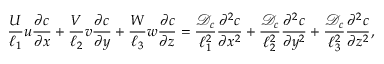
\frac { U } { \ell _ { 1 } } u \frac { \partial c } { \partial x } + \frac { V } { \ell _ { 2 } } v \frac { \partial c } { \partial y } + \frac { W } { \ell _ { 3 } } w \frac { \partial c } { \partial z } = \frac { { \mathcal { D } } _ { c } } { \ell _ { 1 } ^ { 2 } } \frac { \partial ^ { 2 } c } { \partial x ^ { 2 } } + \frac { { \mathcal { D } } _ { c } } { \ell _ { 2 } ^ { 2 } } \frac { \partial ^ { 2 } c } { \partial y ^ { 2 } } + \frac { { \mathcal { D } } _ { c } } { \ell _ { 3 } ^ { 2 } } \frac { \partial ^ { 2 } c } { \partial z ^ { 2 } } ,